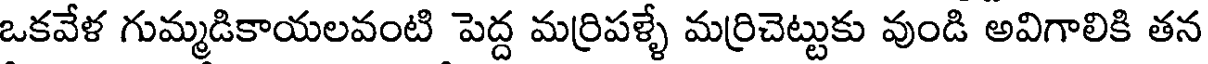
ఒకవేళ గుమ్మడికాయలవంటి పెద్ద మర్రిపళ్ళే మర్రిచెట్టుకు వుండి అవిగాలికి తన